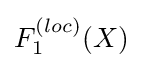
F_{1}^{(loc)}(X)